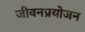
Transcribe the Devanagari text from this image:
जीवनप्रयोजन